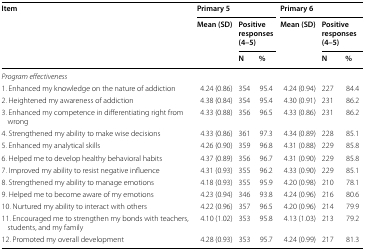
<table><thead><tr><td rowspan="3"><b>Item</b></td><td colspan="3"><b>Primary 5</b></td><td colspan="3"><b>Primary 6</b></td></tr><tr><td rowspan="2"><b>Mean (SD)</b></td><td colspan="2"><b>Positive responses (4–5)</b></td><td rowspan="2"><b>Mean (SD)</b></td><td colspan="2"><b>Positive responses (4–5)</b></td></tr><tr><td><b>N</b></td><td><b>%</b></td><td><b>N</b></td><td><b>%</b></td></tr></thead><tbody><tr><td><i>Program effectiveness</i></td><td></td><td></td><td></td><td></td><td></td><td></td></tr><tr><td>1. Enhanced my knowledge on the nature of addiction</td><td>4.24 (0.86)</td><td>354</td><td>95.4</td><td>4.24 (0.94)</td><td>227</td><td>84.4</td></tr><tr><td>2. Heightened my awareness of addiction</td><td>4.38 (0.84)</td><td>354</td><td>95.4</td><td>4.30 (0.91)</td><td>231</td><td>86.2</td></tr><tr><td>3. Enhanced my competence in differentiating right from wrong</td><td>4.33 (0.88)</td><td>356</td><td>96.5</td><td>4.33 (0.86)</td><td>231</td><td>86.2</td></tr><tr><td>4. Strengthened my ability to make wise decisions</td><td>4.33 (0.86)</td><td>361</td><td>97.3</td><td>4.34 (0.89)</td><td>228</td><td>85.1</td></tr><tr><td>5. Enhanced my analytical skills</td><td>4.26 (0.90)</td><td>359</td><td>96.8</td><td>4.31 (0.88)</td><td>229</td><td>85.8</td></tr><tr><td>6. Helped me to develop healthy behavioral habits</td><td>4.37 (0.89)</td><td>356</td><td>96.7</td><td>4.31 (0.90)</td><td>229</td><td>85.8</td></tr><tr><td>7. Improved my ability to resist negative influence</td><td>4.31 (0.93)</td><td>355</td><td>96.2</td><td>4.33 (0.90)</td><td>229</td><td>85.1</td></tr><tr><td>8. Strengthened my ability to manage emotions</td><td>4.18 (0.93)</td><td>355</td><td>95.9</td><td>4.20 (0.98)</td><td>210</td><td>78.1</td></tr><tr><td>9. Helped me to become aware of my emotions</td><td>4.23 (0.94)</td><td>346</td><td>93.8</td><td>4.24 (0.96)</td><td>216</td><td>80.6</td></tr><tr><td>10. Nurtured my ability to interact with others</td><td>4.22 (0.96)</td><td>357</td><td>96.5</td><td>4.20 (0.96)</td><td>214</td><td>79.9</td></tr><tr><td>11. Encouraged me to strengthen my bonds with teachers, students, and my family</td><td>4.10 (1.02)</td><td>353</td><td>95.8</td><td>4.13 (1.03)</td><td>213</td><td>79.2</td></tr><tr><td>12. Promoted my overall development</td><td>4.28 (0.93)</td><td>353</td><td>95.7</td><td>4.24 (0.99)</td><td>217</td><td>81.3</td></tr></tbody></table>